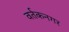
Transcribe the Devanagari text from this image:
वर्तकनगर